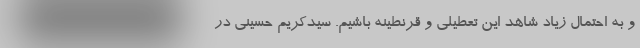
و به احتمال زیاد شاهد این تعطیلی و قرنطینه باشیم. سیدکریم حسینی در